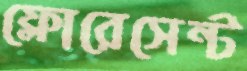
ফ্লোরেসেন্ট